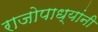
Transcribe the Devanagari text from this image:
राजोपाध्यांनी